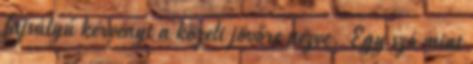
fajsúlyú kérvényt a közeli jövőre nézve. Egy szó mint